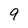
Character: 9